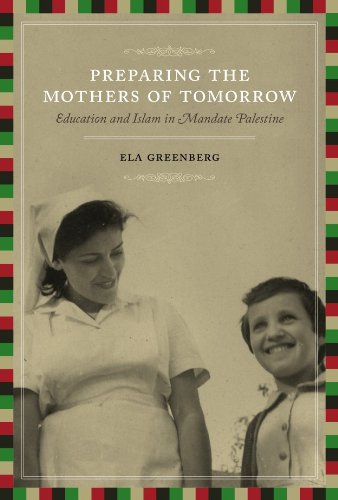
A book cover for Preparing the Mothers of Tomorrow: Education and Islam in Mandate Palestine; Ela Greenberg; Religion & Spirituality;